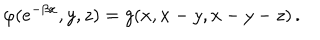
LaTeX: \varphi ( e ^ { - \beta x } , y , z ) = g ( x , x - y , x - y - z ) \, .